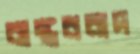
বাস্তববাদ